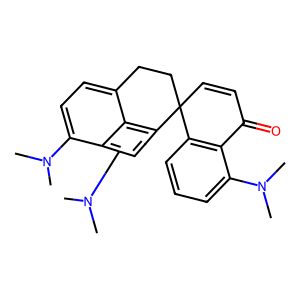
SMILES: CN(C)c1cccc2c1C(=O)C=CC21CCc2ccc(N(C)C)c3c(N(C)C)ccc1c23
Inhibits HIV replication: No